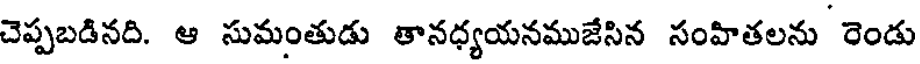
చెప్పబడినది. ఆ సుమంతుడు తానధ్యయనముజేసిన సంహితలను రెండు